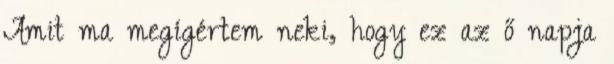
Amit ma megígértem neki, hogy ez az ő napja